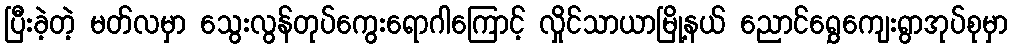
ပြီးခဲ့တဲ့ မတ်လမှာ သွေးလွန်တုပ်ကွေးရောဂါကြောင့် လှိုင်သာယာမြို့နယ် ညောင်ရွှေကျေးရွာအုပ်စုမှာ